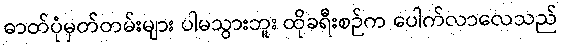
ဓာတ်ပုံမှတ်တမ်းများ ပါမသွားဘူး ထိုခရီးစဉ်က ပေါက်လာလေသည်